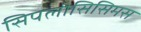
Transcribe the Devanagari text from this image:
सिपलीसिसिमस